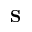
\mathbf { S }